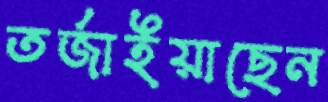
তর্জাইয়াছেন